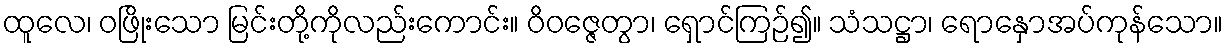
ထူလေ၊ ဝဖြိုးသော မြင်းတို့ကိုလည်းကောင်း။ ဝိဝဇ္ဇေတွာ၊ ရှောင်ကြဉ်၍။ သံသဋ္ဌာ၊ ရောနှောအပ်ကုန်သော။